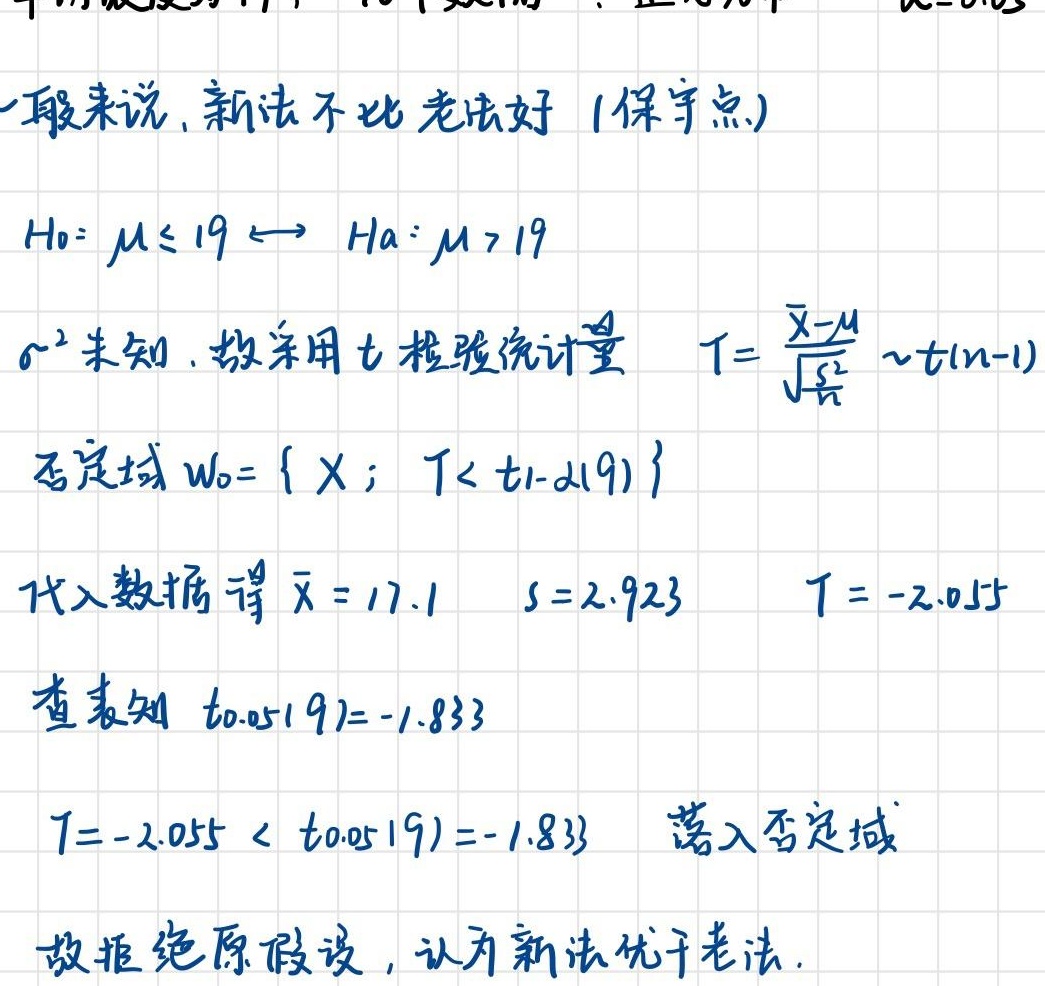
一般来说，新法不比老法好（保守点）。
\(H_0:\mu\leq19\longleftrightarrow H_a:\mu > 19\)
\(\sigma^{2}\) 未知，故采用 \(t\) 检验统计量 \(T = \frac{\overline{X}-\mu}{\frac{S}{\sqrt{n}}}\sim t(n - 1)\)
否定域 \(W_0=\{X;T < t_{1-\alpha}(9)\}\)
代入数据得 \(\overline{X}=17.1\) ，\(S = 2.923\) ，\(T=-2.055\)
查表知 \(t_{0.05}(9)=-1.833\)
\(T=-2.055<t_{0.05}(9)=-1.833\) ，落入否定域。
故拒绝原假设，认为新法优于老法。